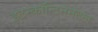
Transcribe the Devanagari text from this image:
इटरकॉन्टिनेनटल